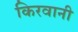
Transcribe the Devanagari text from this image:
किरवानी